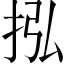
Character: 𢫠